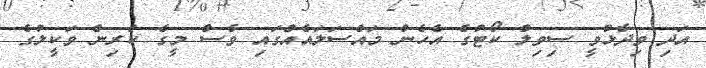
އަދި ވިދާޅުވީ ސިވިލް ކޯޓުގެ އެހެން މައްސަލައެއްގައި ވެސް މީގެ ކުރިން ވަކީލުގެ